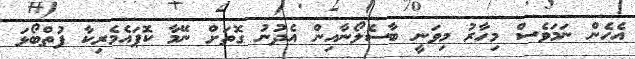
އެހެން ނަމަވެސް މިހާރު މިވަނީ ބާސެލޯނާއިން އެދުނު ގޮތަށް ނޭމާ ކޮޕައެމެރިކާ ފުތްބޯޅަ